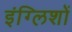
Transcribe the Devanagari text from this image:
इंग्लिशों